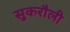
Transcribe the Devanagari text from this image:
सुकरौली